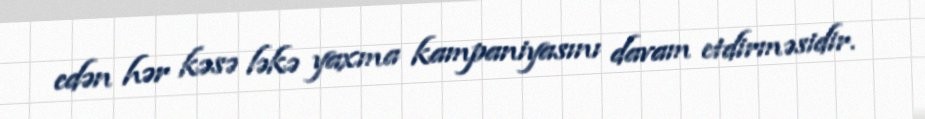
edən hər kəsə ləkə yaxma kampaniyasını davam etdirməsidir.